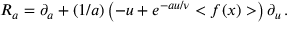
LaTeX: R _ { a } = \partial _ { a } + ( 1 / a ) \left( - u + e ^ { - a u / \nu } < f ( x ) > \right) \partial _ { u } \, .